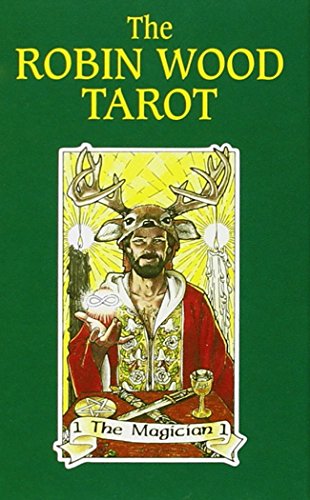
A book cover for The Robin Wood Tarot; Robin Wood; Literature & Fiction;